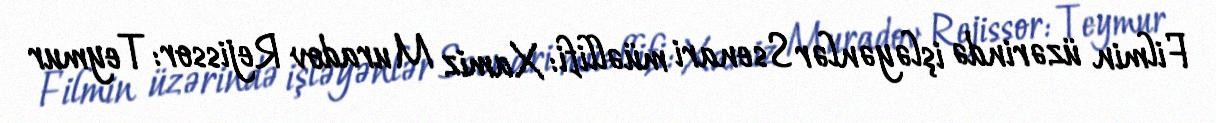
Filmin üzərində işləyənlər Ssenari müəllifi: Xamiz Muradov Rejissor: Teymur